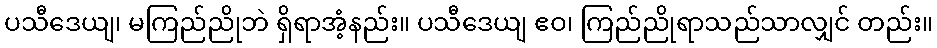
ပသီဒေယျ၊ မကြည်ညိုဘဲ ရှိရာအံ့နည်း။ ပသီဒေယျ ဧဝ၊ ကြည်ညိုရာသည်သာလျှင် တည်း။